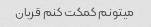
میتونم کمکت کنم قربان